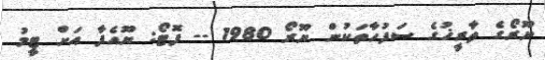
ޔޫރޯގެ ތާރީޚުގެ ސަފުހާތަކުން ޔޫރޯ 1980 -- ފޮޓޯ: ޔޫއެފާ އަށް ޓީމު